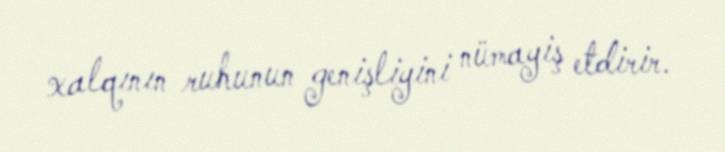
xalqının ruhunun genişliyini nümayiş etdirir.